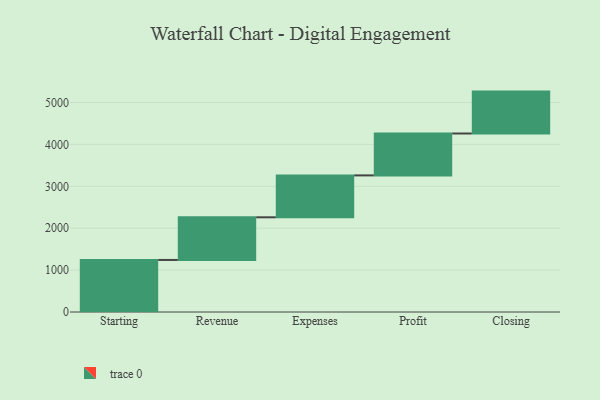
{"axis": {"x": "Step", "y": "Value"}, "legend": [""], "data": [{"x": "Starting", "y": 1242.0, "type": ""}, {"x": "Revenue", "y": 1018.0, "type": ""}, {"x": "Expenses", "y": 1000, "type": ""}, {"x": "Profit", "y": 1000, "type": ""}, {"x": "Closing", "y": 1000, "type": ""}]}